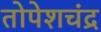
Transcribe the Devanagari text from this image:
तोपेशचंद्र